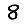
Digit: 8